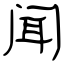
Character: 闻